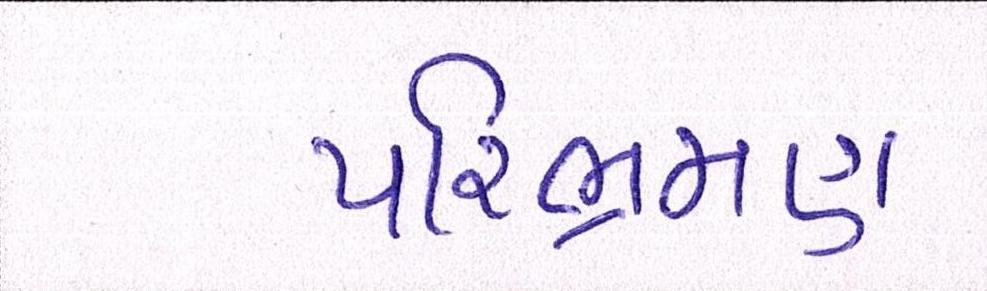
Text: પરિભ્રમણ